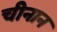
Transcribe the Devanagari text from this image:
चीनान